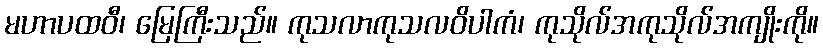
မဟာပထဝီ၊ မြေကြီးသည်။ ကုသလာကုသလဝိပါကံ၊ ကုသိုလ်အကုသိုလ်အကျိုးကို။